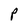
Character: P